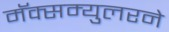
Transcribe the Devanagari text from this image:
मॅक्सम्युलरने